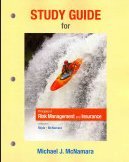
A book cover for Study Guide for Principles of Risk Management and Insurance; George E. Rejda; Business & Money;